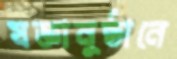
যজ্ঞানুষ্ঠানে